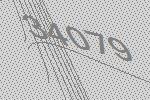
34079